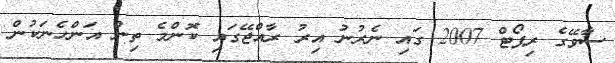
ސާވޭގެ ރިޕޯޓް 2007 ގައި ނެރުނު އިރު ރާއްޖޭގައި ކޮންމެ ތިން އަންހެނަކުން